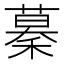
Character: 𥡡